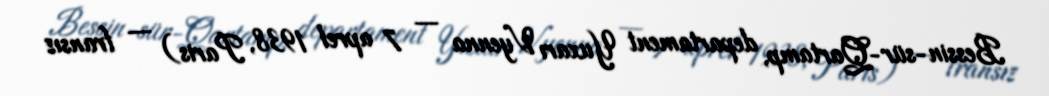
Bessin-sür-Qartamp, departament Yuxarı Vyenna — 7 aprel 1938, Paris) — fransız